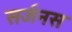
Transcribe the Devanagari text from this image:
सर्जनस